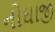
નોઘાજી